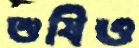
শুষিও